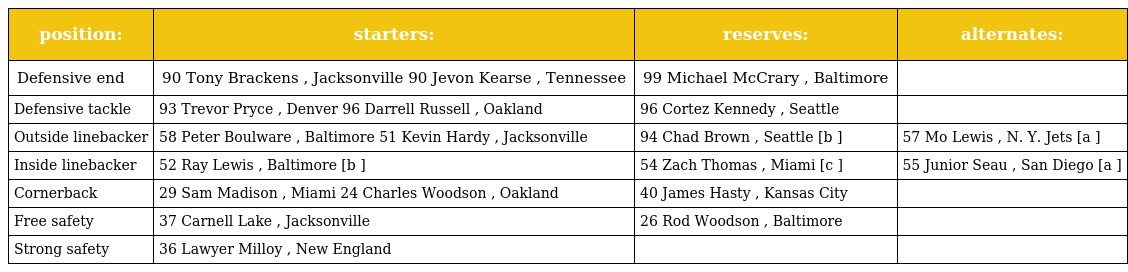
| position: | starters: | reserves: | alternates: |
 | --- | --- | --- | --- |
 | Defensive end | 90 Tony Brackens , Jacksonville 90 Jevon Kearse , Tennessee | 99 Michael McCrary , Baltimore |  |
 | Defensive tackle | 93 Trevor Pryce , Denver 96 Darrell Russell , Oakland | 96 Cortez Kennedy , Seattle |  |
 | Outside linebacker | 58 Peter Boulware , Baltimore 51 Kevin Hardy , Jacksonville | 94 Chad Brown , Seattle [b ] | 57 Mo Lewis , N. Y. Jets [a ] |
 | Inside linebacker | 52 Ray Lewis , Baltimore [b ] | 54 Zach Thomas , Miami [c ] | 55 Junior Seau , San Diego [a ] |
 | Cornerback | 29 Sam Madison , Miami 24 Charles Woodson , Oakland | 40 James Hasty , Kansas City |  |
 | Free safety | 37 Carnell Lake , Jacksonville | 26 Rod Woodson , Baltimore |  |
 | Strong safety | 36 Lawyer Milloy , New England |  |  |